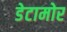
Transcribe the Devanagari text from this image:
डेटामोर